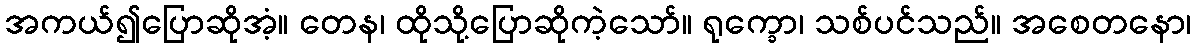
အကယ်၍ပြောဆိုအံ့။ တေန၊ ထိုသို့ပြောဆိုကဲ့သော်။ ရုက္ခော၊ သစ်ပင်သည်။ အစေတနော၊